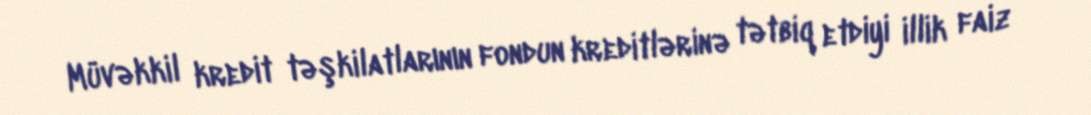
Müvəkkil kredit təşkilatlarının fondun kreditlərinə tətbiq etdiyi illik faiz